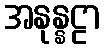
အနုန္နဠာ